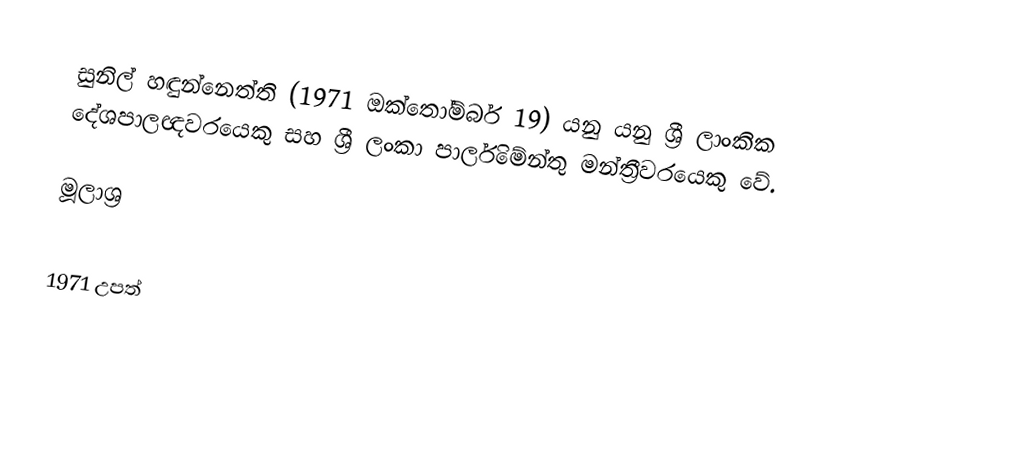
සුනිල් හඳුන්නෙත්ති (1971 ඔක්තෝම්බර් 19) යනු යනු ශ්‍රී ලාංකික දේශපාලඥවරයෙකු සහ ශ්‍රී ලංකා පාර්ලිමේන්තු මන්ත්‍රීවරයෙකු වේ.

මූලාශ්‍ර

1971 උපත්